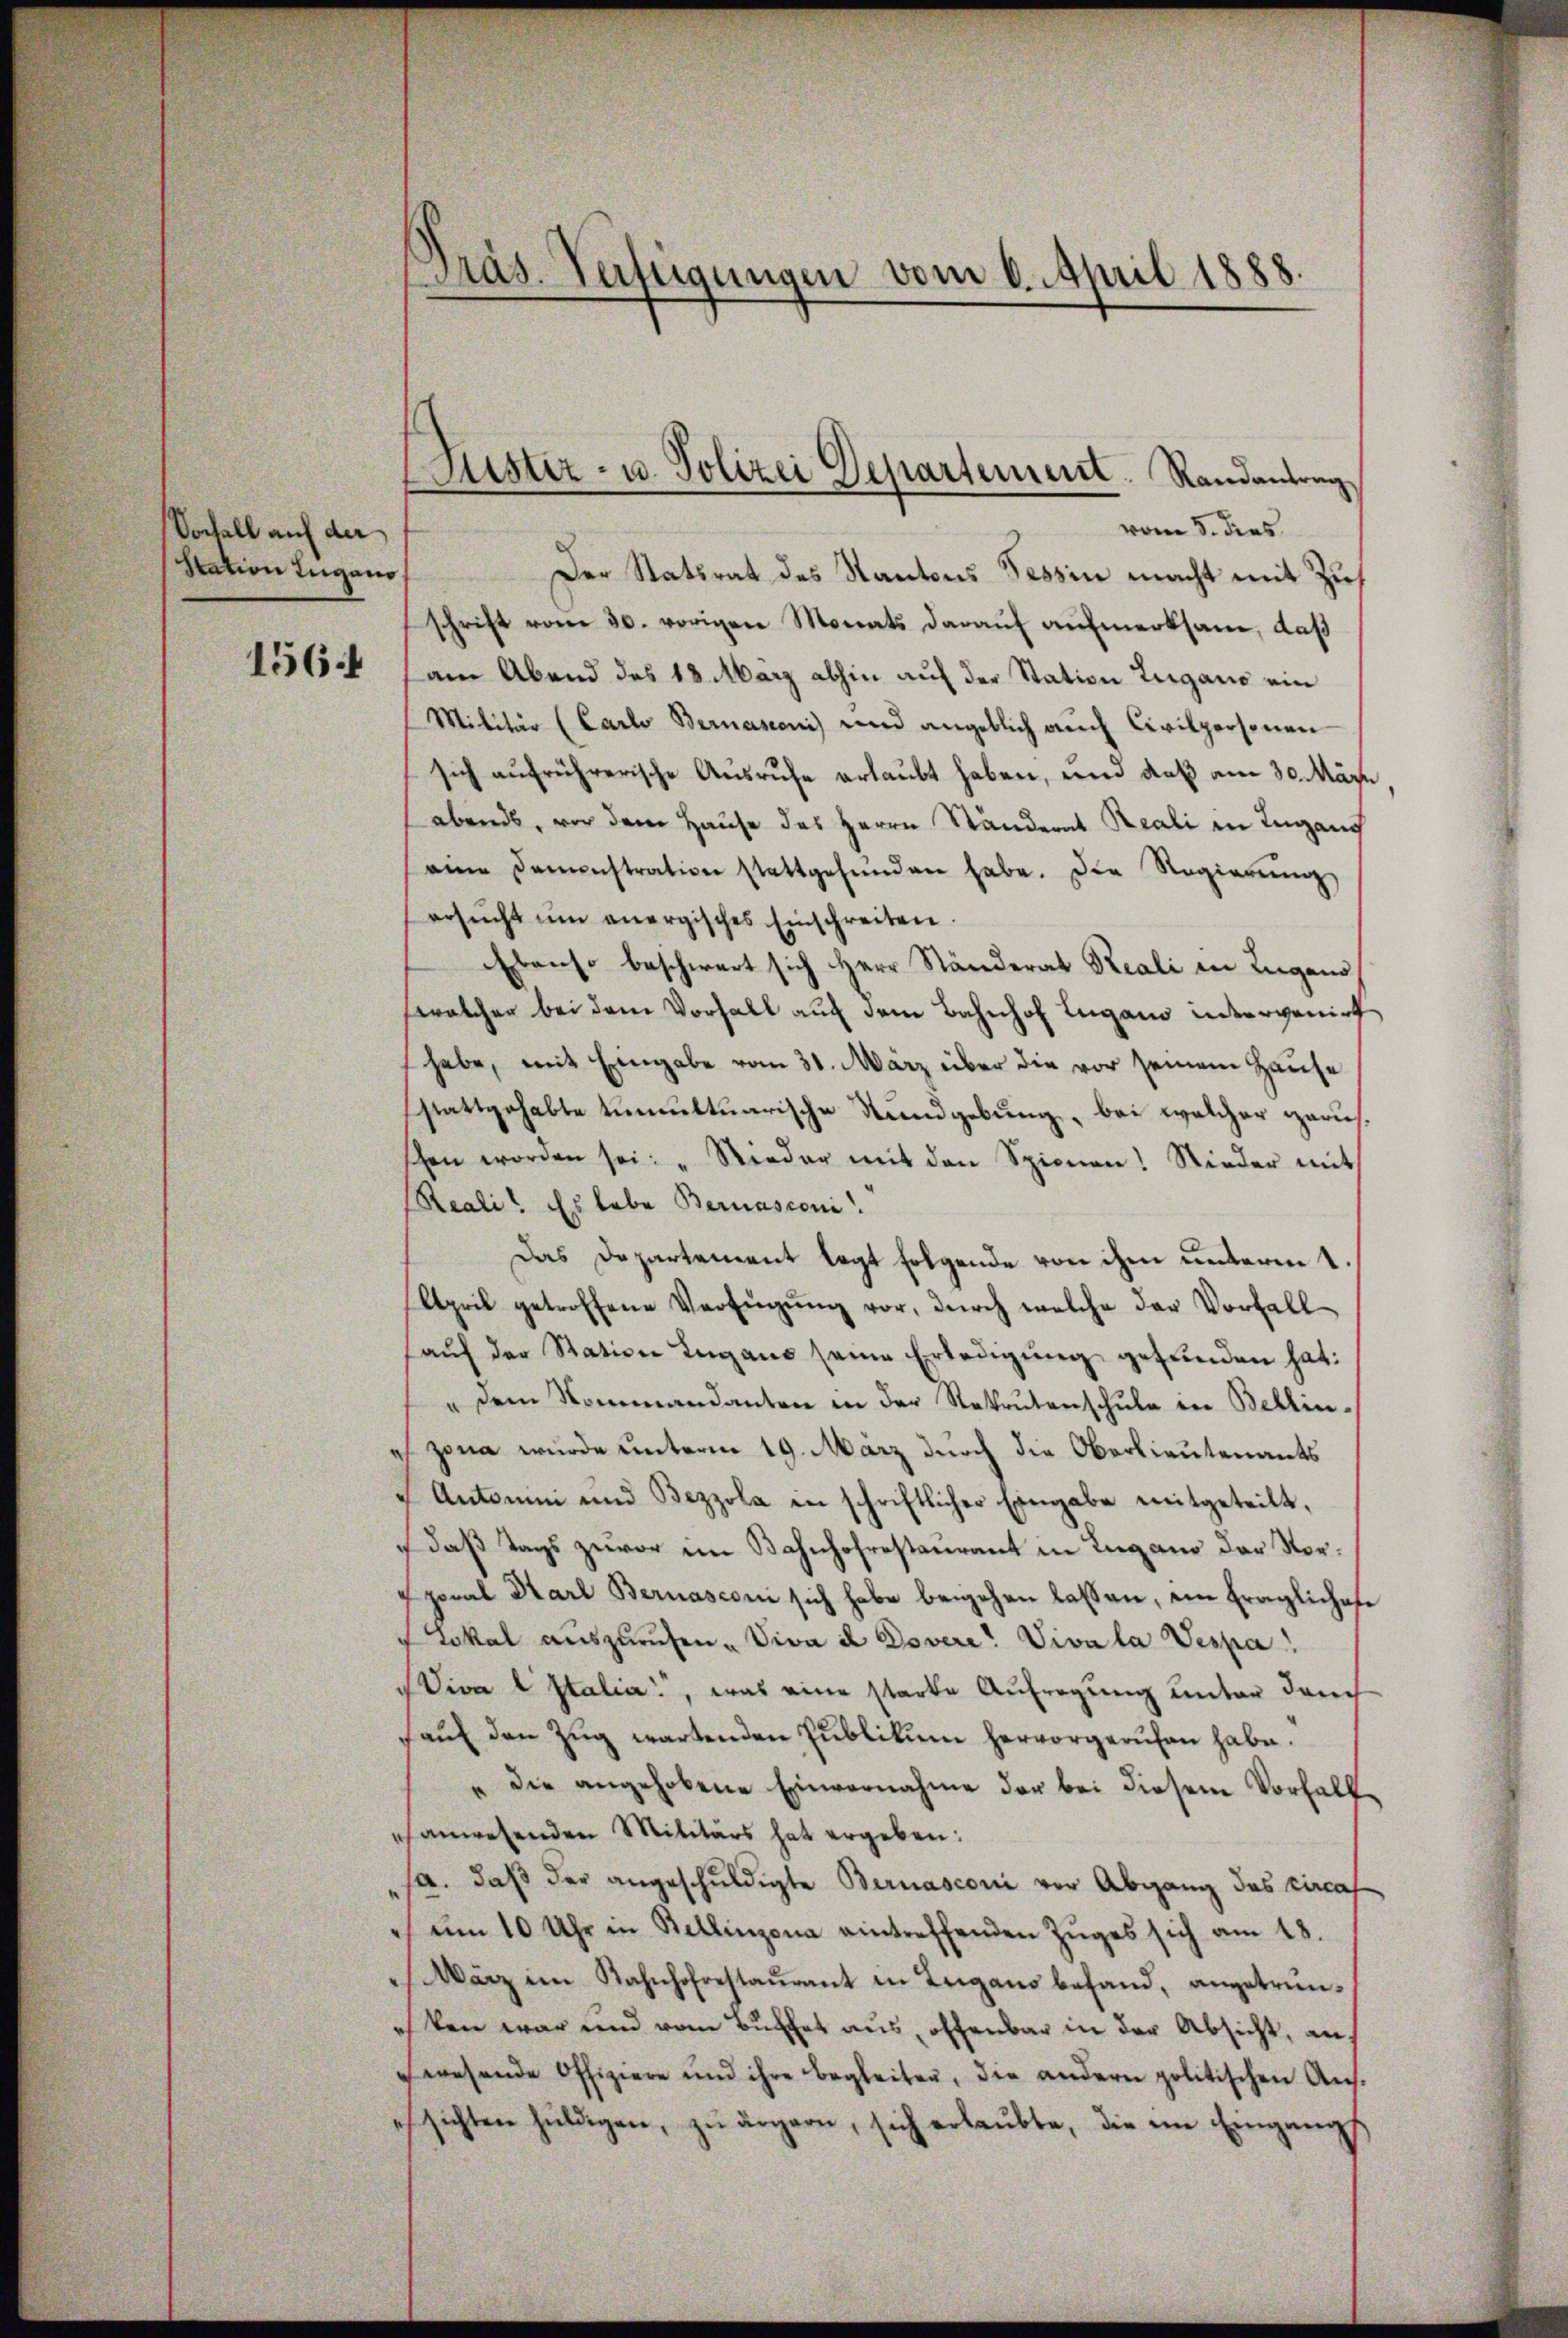
Sochall auf der
Station Zugano

vom 5. dies
Der Statsrat des Kantons Tessin macht mit Zus
schrift vom 30. vorigen Monats daraŭf aŭfmerksam, daß
1564 am Abend des 18. März abhin auf der Station Zugano ein
Militär (Carlo Bernasconi) und angeblich auch Civilpersonen
sich aufrührerische Ausrufe erlaubt haben, und daß am 30. März
abends, vor dem Hause des Herrn Ständerat Reali in Ingang
seine Damenstration stattgefŭnden habe. Die Regierung
ersŭcht ŭm anergisches Einschreiten.
Ebenso beschwert sich Herr Ständerat Reali in Lugano
solcher bei dem Vorfall auf dem Bahnhof Lugano intervenirt
habe, mit Eingabe vom 31. März über die vor seinem Hause
stattgehabte tumuttuarische Rundgebung, bei welcher garus.
schen worden sei: „Nieder mit den Spinnen! Nieder mit
Reali. Es habe Bernasconi
Das Dopartement legt folgende von ihm unterm t
April getroffene Verfügung vor, durch welche der Vorfall
aŭf der Station Lugano seine Erledigŭng gefunden hat:
" dem Nommandanten in der Rekrutenschule in Bellin-
zona wurde unterm 19. März durch die Oberlieutenants
Antoni und Bezzola in schriftlicher Eingabe mitgeteilt,
daß Tags zuvor im Bahnhofrestaurant in Lugano der Vorporal Karl Bernasconi sich habe beigehen lassen, ein Eraglichete
Lokal auszurufen. Viva a Dovere! Viva la Vespa
Viva l Italia, was eine starke Aufregung unter durch
aŭf den Zŭg wartenden Publikum hervorgerufen habe.
" die angehobene Einvernahme der bei diesem Vorfalle
hanwesenden Militärs hat ergeben:
sa. daß der angeschuldigte Bernasconi vor Abgang des circaf
ŭm 10 Uhr in Bellinzona eintreffenden Zuges sich am 18.
 März im Bahnhofrestaŭrant in Zugano befand, angetrün-
esken war und vom Bucher aus, offenbar in der Absicht, auf
wesende Offiziere und ihre begleiten, die andern politischen Ans-
ssichten huldigen, zu ärgern, sich erlaubte, die in Eingangs

Präs. Verfügungen vom 6. April 1888.

Justiz- u. Polizei Departement. Randantrag,